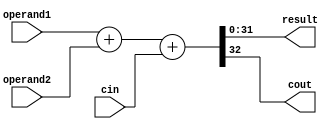
`timescale 1ns / 1ps
//*************************************************************************
//   > : adder.v
//   >   "+"
//   >   : LOONGSON
//   >   : 2016-04-14
//*************************************************************************
module adder(
    input  [31:0] operand1,
    input  [31:0] operand2,
    input         cin,
    output [31:0] result,
    output        cout
    );
    assign {cout,result} = operand1 + operand2 + cin;

endmodule